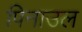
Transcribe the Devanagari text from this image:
पिनाउल